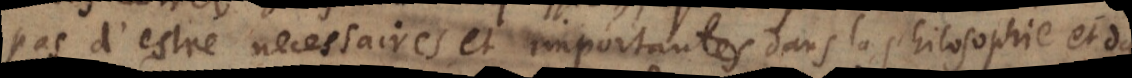
pas d’estre necessaires et importantes dans la philosophie et dan